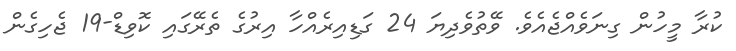
ކުރާ މީހުން ގިނަވެއްޖެއެވެ. ވޭތުވެދިޔަ 24 ގަޑިއިރެއްހާ އިރުގެ ތެރޭގައި ކޮވިޑް-19 ޖެހިގެން